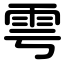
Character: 雩